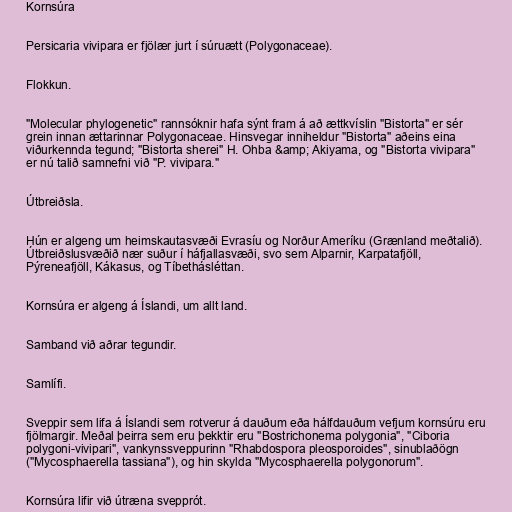
Kornsúra

Persicaria vivipara er fjölær jurt í súruætt (Polygonaceae).

Flokkun.

"Molecular phylogenetic" rannsóknir hafa sýnt fram á að ættkvíslin "Bistorta" er sér
grein innan ættarinnar Polygonaceae. Hinsvegar inniheldur "Bistorta" aðeins eina
viðurkennda tegund; "Bistorta sherei" H. Ohba &amp; Akiyama, og "Bistorta vivipara"
er nú talið samnefni við "P. vivipara."

Útbreiðsla.

Hún er algeng um heimskautasvæði Evrasíu og Norður Ameríku (Grænland meðtalið).
Útbreiðslusvæðið nær suður í háfjallasvæði, svo sem Alparnir, Karpatafjöll,
Pýreneafjöll, Kákasus, og Tíbethásléttan.

Kornsúra er algeng á Íslandi, um allt land.

Samband við aðrar tegundir.

Samlífi.

Sveppir sem lifa á Íslandi sem rotverur á dauðum eða hálfdauðum vefjum kornsúru eru
fjölmargir. Meðal þeirra sem eru þekktir eru "Bostrichonema polygonia", "Ciboria
polygoni-vivipari", vankynssveppurinn "Rhabdospora pleosporoides", sinublaðögn
("Mycosphaerella tassiana"), og hin skylda "Mycosphaerella polygonorum".

Kornsúra lifir við útræna svepprót.